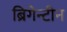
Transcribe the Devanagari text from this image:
ब्रिगेन्टीन